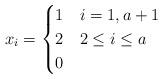
LaTeX: \begin{align*}x_i= \begin{cases}1&i=1, a+1\\2&2\leq i\leq a\\0 &\end{cases}\end{align*}